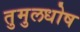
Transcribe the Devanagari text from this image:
तुमुलधोष